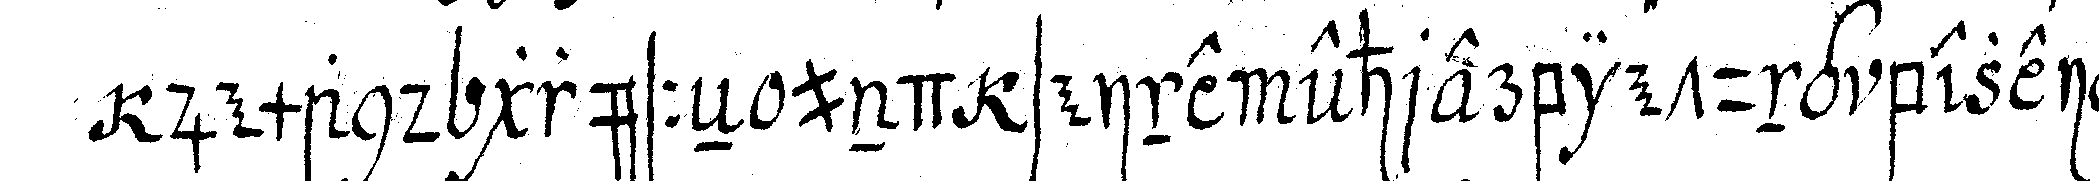
jemand grüsseN und seine ehrerbietug bezeigeN